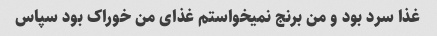
غذا سرد بود و من برنج نمیخواستم غذای من خوراک بود سپاس